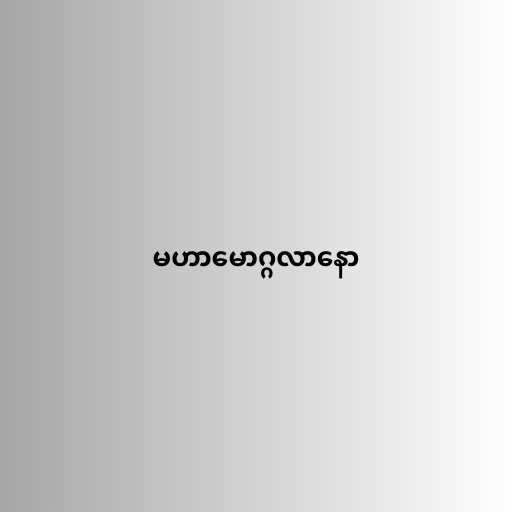
မဟာမောဂ္ဂလာနော